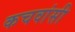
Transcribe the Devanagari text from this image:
कचवांसी